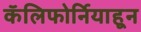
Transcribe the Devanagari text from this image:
कॅलिफोर्नियाहून